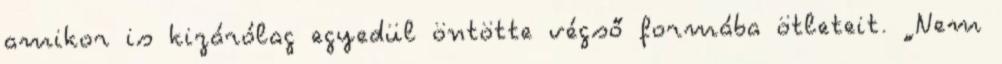
amikor is kizárólag egyedül öntötte végső formába ötleteit. „Nem